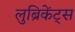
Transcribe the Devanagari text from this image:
लुब्रिकेंट्स